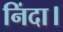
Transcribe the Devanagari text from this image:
निंदा।